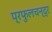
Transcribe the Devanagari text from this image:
प्रफुलचन्द्र